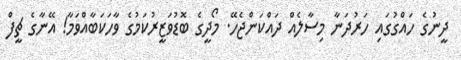
ދީނުގެ ހައްގުގައި ހަރުދަނާ މިސާލެއް ދައްކަންޖެހޭ. މޯދީގެ ބޮޮޑުވަޒީރުކަމުގެ ވާހަކަބާއްވަމާ! އޭނާގެ ޗީފް